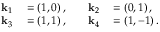
\begin{array} { r l } { \mathbf { k } _ { 1 } } & { { } = \left( 1 , 0 \right) , } \\ { \mathbf { k } _ { 3 } } & { { } = \left( 1 , 1 \right) , } \end{array} \quad \begin{array} { r l } { \mathbf { k } _ { 2 } } & { { } = \left( 0 , 1 \right) , } \\ { \mathbf { k } _ { 4 } } & { { } = \left( 1 , - 1 \right) . } \end{array}